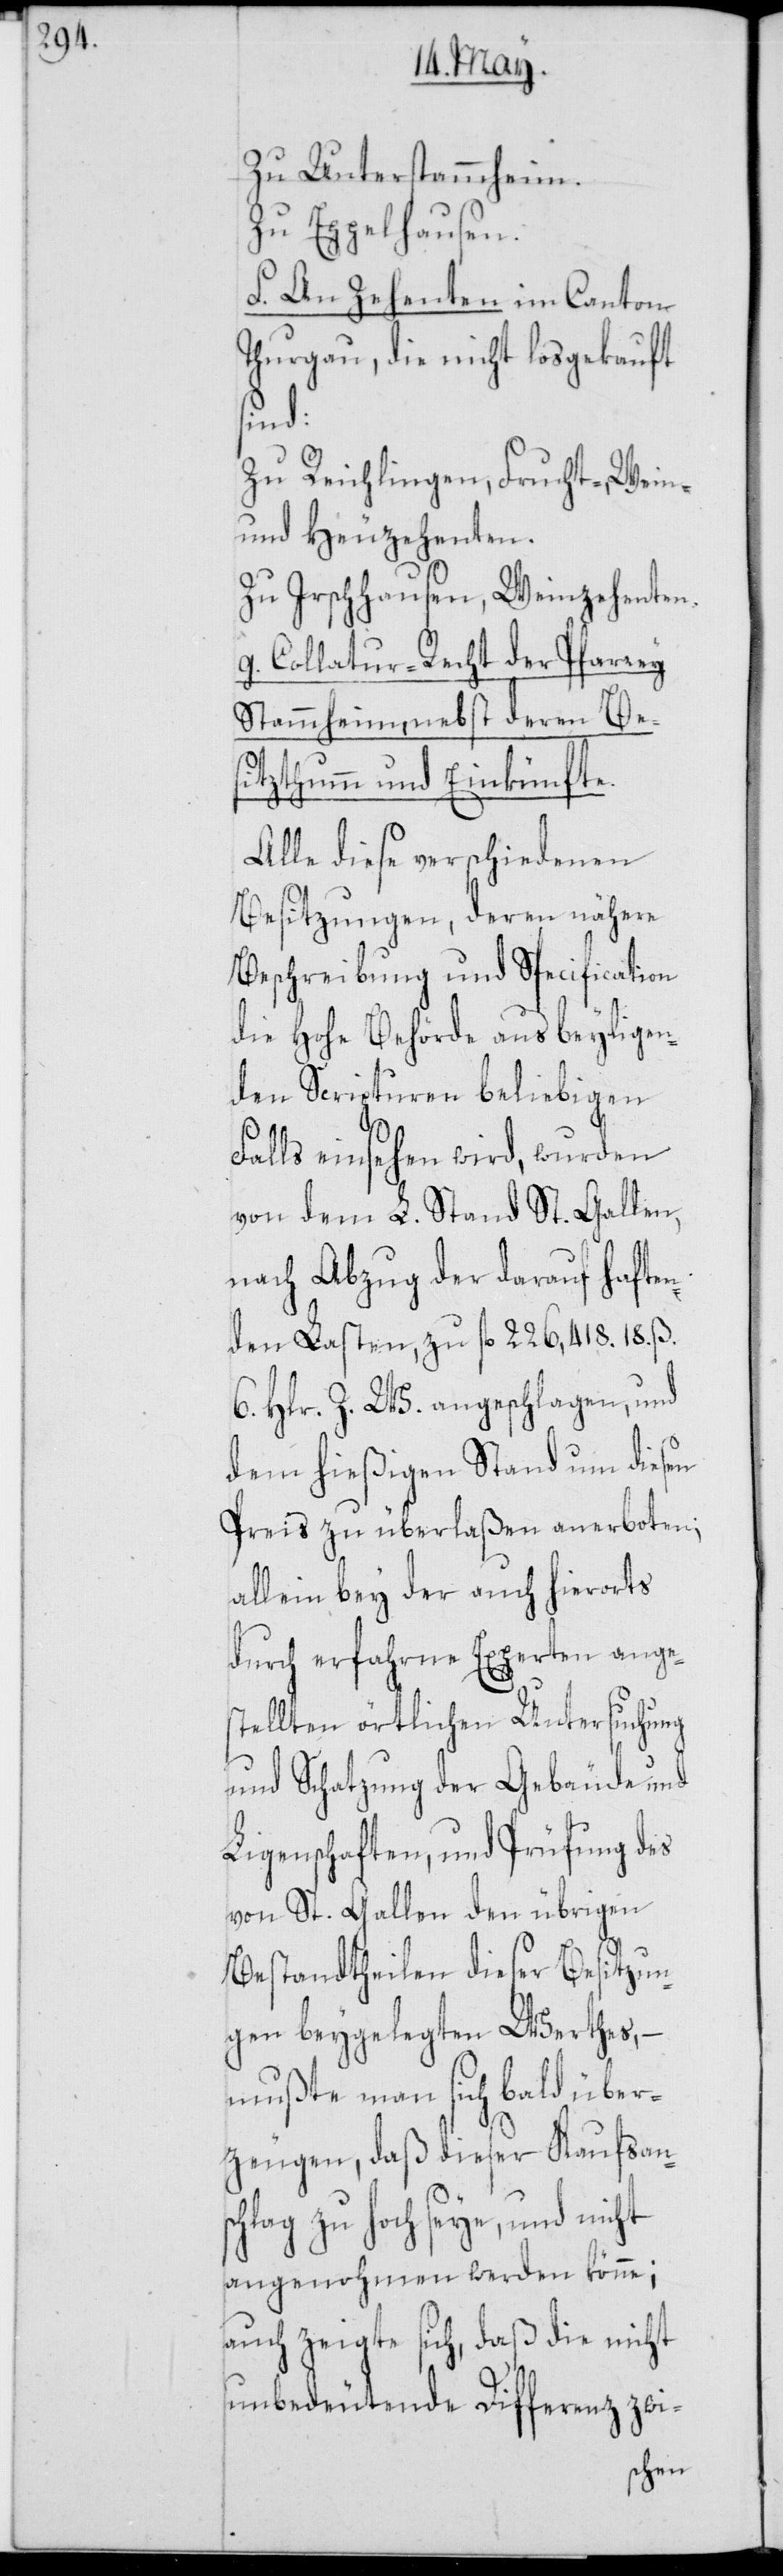
Zu Unterstammheim.
Zu Eppelhausen.
f. An Zehenten im Canton
Thurgau, die nicht losgekauft
sind:
Zu Reichlingen, Frucht-, Wein-
und Heuzehenten.
Zu Irschhausen, Weinzehenten.
g. Collatur-Recht der Pfarrey
Stammheim, nebst deren Be¬
sitzthum und Einkünfte.
Alle diese verschiedenen
Besitzungen, deren nähere
Beschreibung und Specification
die Hohe Behörde aus beyligen¬
den Scripturen beliebigen
Falls einsehen wird, wurden
von dem L. Stand St. Gallen,
nach Abzug der darauf haften¬
den Lasten, zu fl. 226,418. 18. ß.
6. Hlr. Z. W. angeschlagen, und
dem hießigen Stand um diesen
Preis zu überlaßen anerboten;
allein bey der auch hierorts
durch erfahrne Experten ange¬
stellten örtlichen Untersuchung
und Schatzung der Gebäude und
Ligenschaften, und Prüfung des
von St. Gallen den übrigen
Bestandtheilen dieser Besitzun¬
gen beygelegten Werthes, –
mußte man sich bald über¬
zeugen, daß dieser Kaufsans¬
chlag zu hoch seye, und nicht
angenohmen werden könne;
auch zeigte sich, daß die nicht
unbedeutende Differenz zwi-